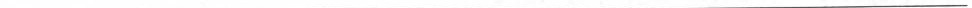
___